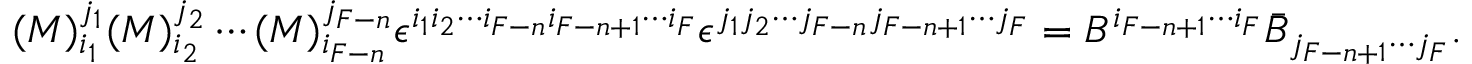
( { \cal M } ) _ { i _ { 1 } } ^ { j _ { 1 } } ( { \cal M } ) _ { i _ { 2 } } ^ { j _ { 2 } } \cdots ( { \cal M } ) _ { i _ { F - n } } ^ { j _ { F - n } } \epsilon ^ { i _ { 1 } i _ { 2 } \cdots i _ { F - n } i _ { F - n + 1 } \cdots i _ { F } } \epsilon ^ { j _ { 1 } j _ { 2 } \cdots j _ { F - n } j _ { F - n + 1 } \cdots j _ { F } } = B ^ { i _ { F - n + 1 } \cdots i _ { F } } \bar { B } _ { j _ { F - n + 1 } \cdots j _ { F } } .